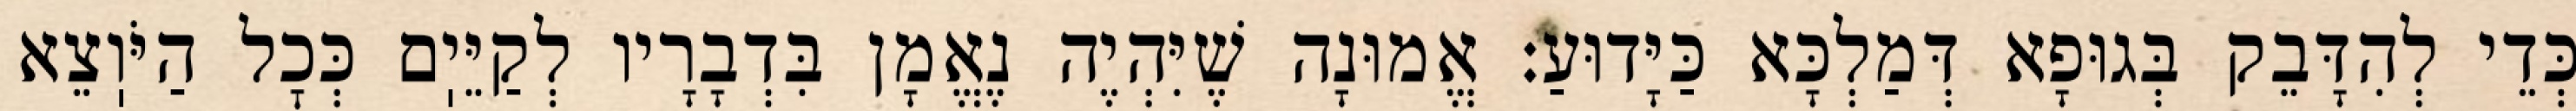
כְּדֵי לְהִדָּבֵק בְּגוּפָא דְּמַלְכָּא כַּיָּדוּעַ: אֱמוּנָה שֶׁיִּהְיֶה נֶאֱמָן בִּדְבָרָיו לְקַיֵּיֽם כְּכׇל הַיֹּוֽצֵא